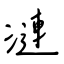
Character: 漣